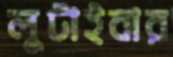
লুটাইবার